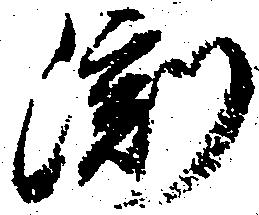
淵